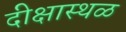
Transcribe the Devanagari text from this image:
दीक्षास्थळ